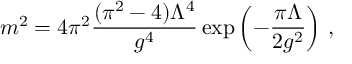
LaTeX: { m ^ { 2 } = { 4 \pi ^ { 2 } } \frac { ( \pi ^ { 2 } - 4 ) \Lambda ^ { 4 } } { g ^ { 4 } } \exp \left( - \frac { \pi \Lambda } { 2 g ^ { 2 } } \right) } \ ,